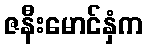
ဇနီးမောင်နှံက